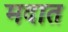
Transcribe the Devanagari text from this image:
मदात